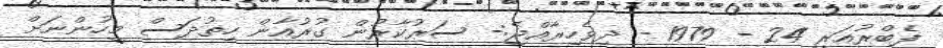
ފެބްރުއަރީ 24 - 1979 - ދިވެހިރާއްޖެ:- ސަރުކާރުން ގުރުއާން ހިތުދަސް މީހުންނަށް